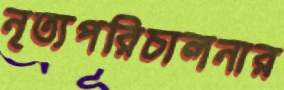
নৃত্যপরিচালনার